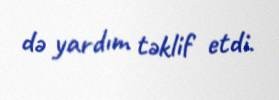
də yardım təklif etdi.